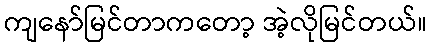
ကျနော်မြင်တာကတော့ အဲ့လိုမြင်တယ်။